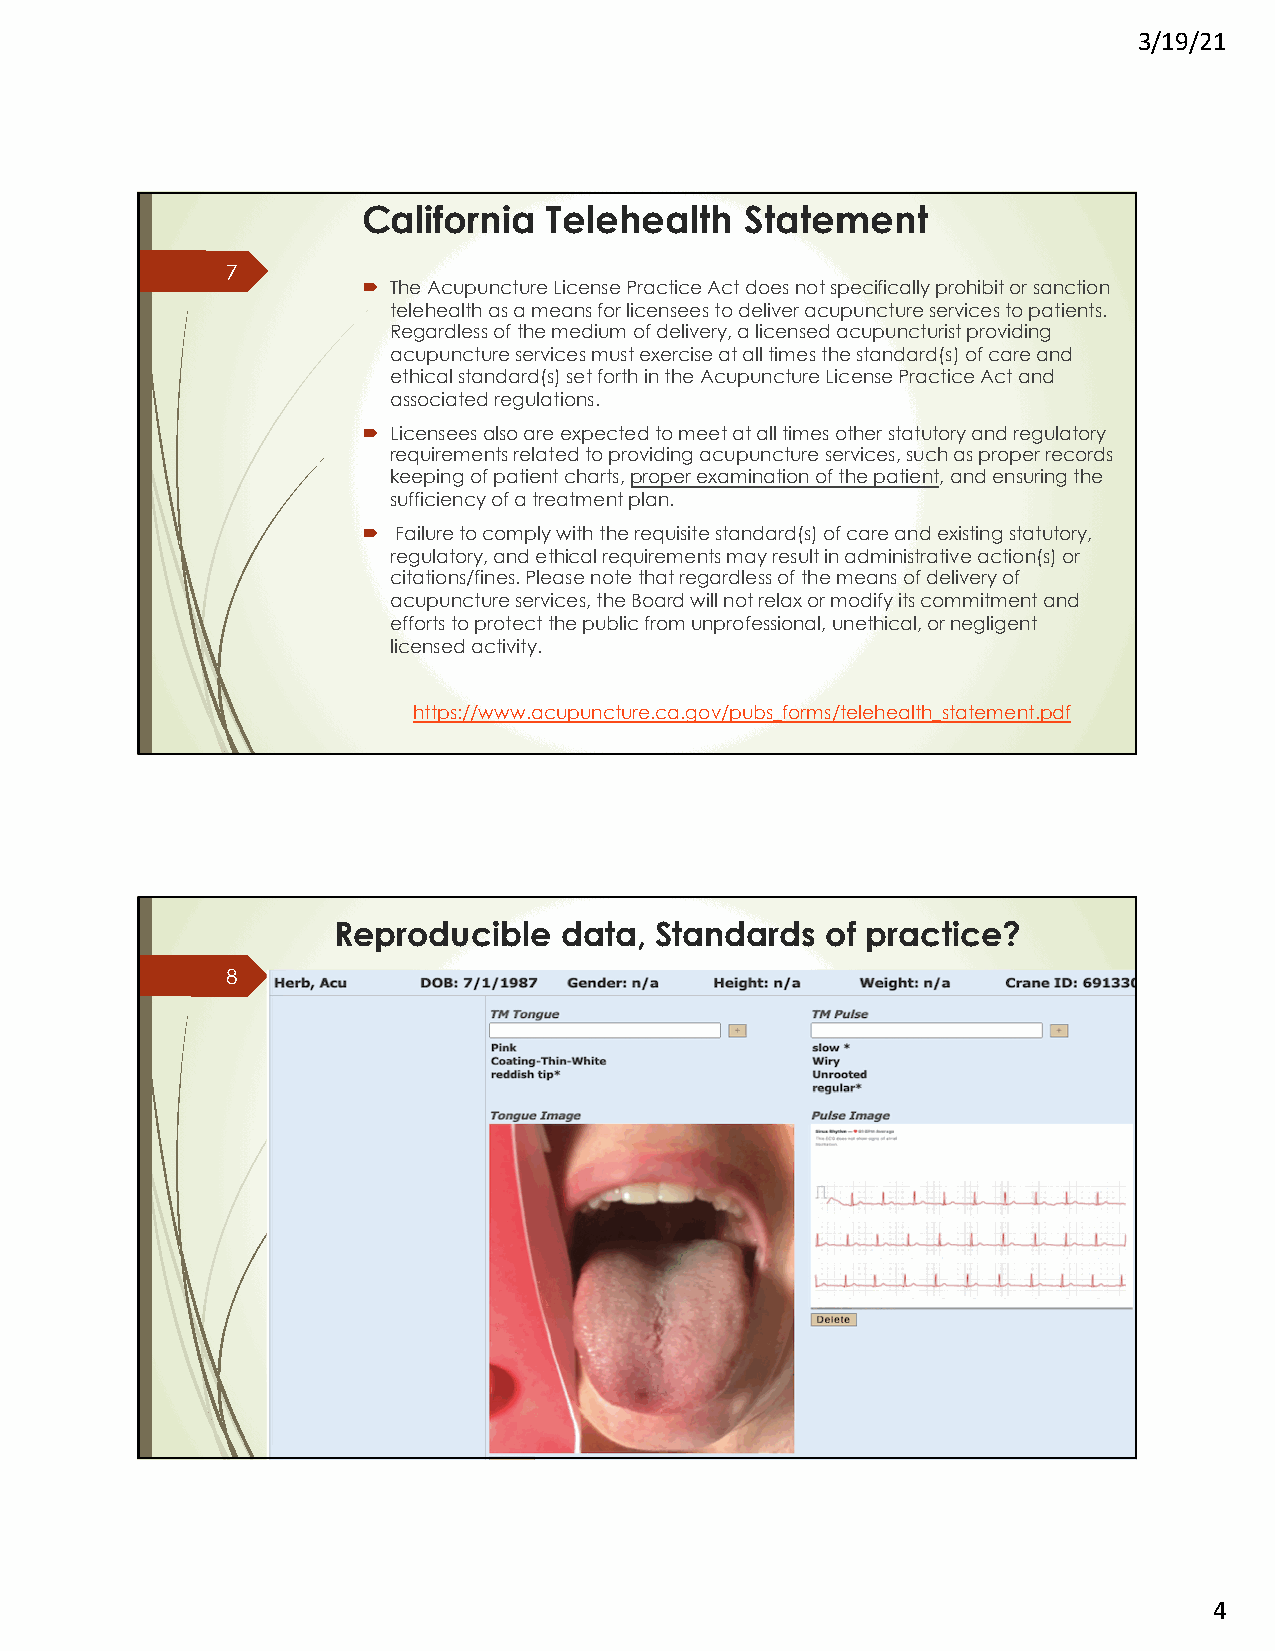
3/19/21
 California  Telehealth   Statement
 7
 ´ The Acupuncture License Practice Act does not specifically prohibit or sanction
 telehealth as a means for licensees to deliver acupuncture services to patients.
 Regardless of the medium of delivery, a licensed acupuncturist providing
 acupuncture services must exercise at all times the standard(s) of care and
 ethical standard(s) set forth in the Acupuncture License Practice Act and
 associated regulations.
 ´ Licensees also are expected to meet at all times other statutory and regulatory
 requirements related to providing acupuncture services, such as proper records
 keeping of patient charts, proper examination of the patient, and ensuring the
 sufficiency of a treatment plan.
 ´ Failure to comply with the requisite standard(s) of care and existing statutory,
 regulatory, and ethical requirements may result in administrative action(s) or
 citations/fines. Please note that regardless of the means of delivery of
 acupuncture services, the Board will not relax or modify its commitment and
 efforts to protect the public from unprofessional, unethical, or negligent
 licensed activity.
 https://www.acupuncture.ca.gov/pubs_forms/telehealth_statement.pdf
 Reproducible   data, Standards   of practice?
 8
 4